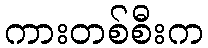
ကားတစ်စီးက